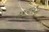
ટકાવારીનો